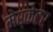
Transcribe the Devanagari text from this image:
मेर्केटर